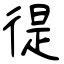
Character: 徥